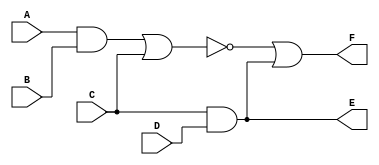
`timescale 1ns / 1ps
//////////////////////////////////////////////////////////////////////////////////
// Company: 
// Engineer: 
// 
// Design Name: 
// Module Name:    primerproyecto 
// Project Name: 
// Target Devices: 
// Tool versions: 
// Description: 
//
// Dependencies: 
//
// Revision: 
// Revision 0.01 - File Created
// Additional Comments: 
//
//////////////////////////////////////////////////////////////////////////////////
module primerproyecto( input A, B, C, D, output E, F);
	//wire F, E;
	wire AB, O, W, CD;
	
	assign AB = A & B;
	assign O = AB | C;
	assign W = ~O;
	assign CD = C & D;
	assign F = W | CD;
	assign E = C & D & CD;
	
endmodule